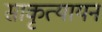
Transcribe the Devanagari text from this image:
साकृत्यायन